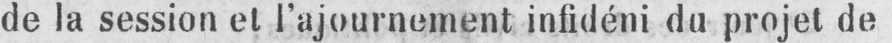
de la session et l’ajournement infidéni du projet de